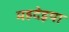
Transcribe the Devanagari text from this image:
महदेइया